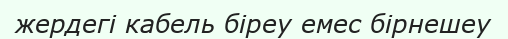
жердегі кабель біреу емес бірнешеу